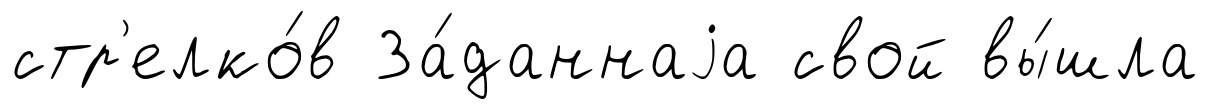
стр'елко́в За́даннаjа свой вы́шла